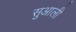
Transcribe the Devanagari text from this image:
सुआली